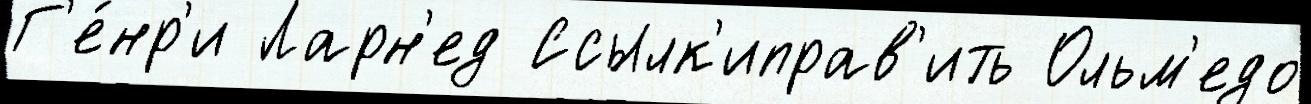
Г'е́нр'и Ларн'ед Ссылк'иправ'ить Ольм'едо